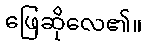
ဖြေဆိုလေ၏။